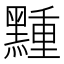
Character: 䵯